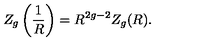
Z _ { g } \left( { \frac { 1 } { R } } \right) = R ^ { 2 g - 2 } Z _ { g } ( R ) .